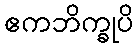
ဧကဘိက္ခုပိ